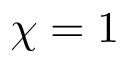
\chi = 1